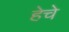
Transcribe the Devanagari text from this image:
हेचे